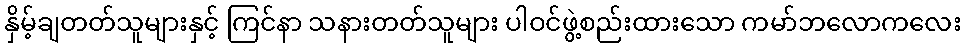
နှိမ့်ချတတ်သူများနှင့် ကြင်နာ သနားတတ်သူများ ပါဝင်ဖွဲ့စည်းထားသော ကမာ်ဘလောကလေး